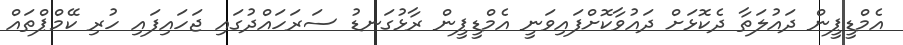
އެމްޑީޕީން ދައުލަތާ ދެކޮޅަށް ދައުވާކޮށްފައިވަނީ އެމްޑީޕީން ރާޅުގަނޑު ސަރަހައްދުގައި ޖަހައިފައި ހުރި ކޭމްޕްތައް